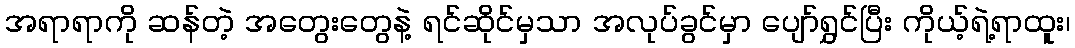
အရာရာကို ဆန်တဲ့ အတွေးတွေနဲ့ ရင်ဆိုင်မှသာ အလုပ်ခွင်မှာ ပျော်ရွှင်ပြီး ကိုယ့်ရဲ့ရာထူး၊